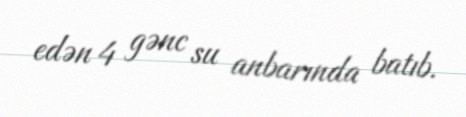
edən 4 gənc su anbarında batıb.